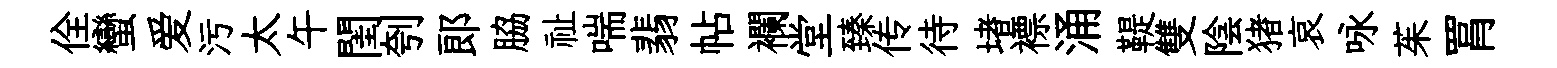
佺蠻爱污太午閨刳郎脇祉喘翡帖襴堂臻传待堵褾涌鞮雙陰猪哀咏茱罥